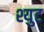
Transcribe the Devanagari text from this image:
श्युट